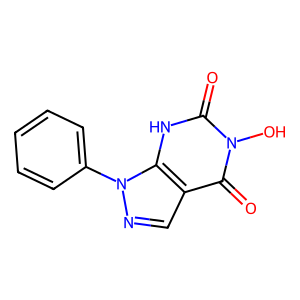
SMILES: O=c1[nH]c2c(cnn2-c2ccccc2)c(=O)n1O
Inhibits HIV replication: No